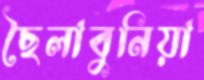
ছৈলাবুনিয়া